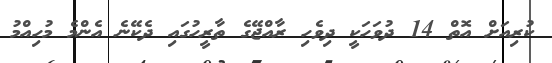
ކުރިއަށް އޮތް 14 ދުވަހަކީ ދިވެހި ރާއްޖޭގެ ތާރީހުގައި ދެކޭނެ އެންމެ މުހިއްމު